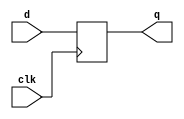
module top_module (
    input clk,
    input [7:0] d,
    output [7:0] q
);
    integer i;
    always@(posedge clk) begin 
        for (i=0; i<8; i=i+1) 
            q[i]<=d[i];
    end

endmodule